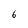
Character: 6